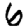
Digit: 6